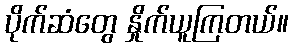
ပိုက်ဆံတွေ နှိုက်ယူကြတယ်။